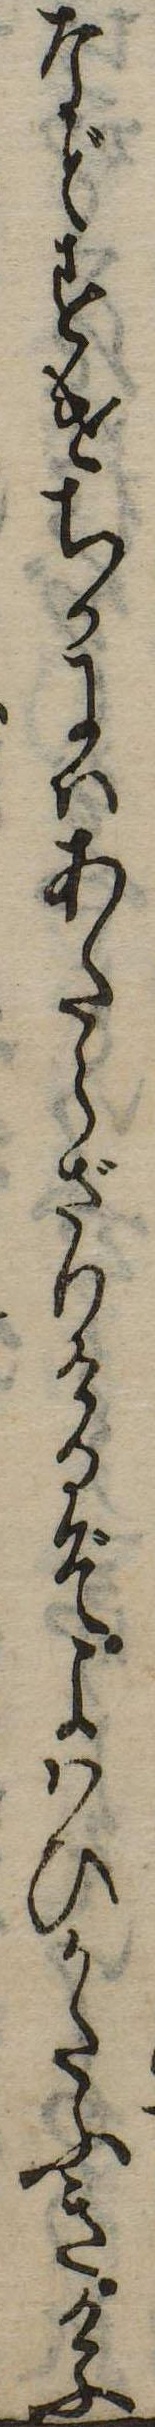
などすけちかにはあたらざりけるぞよはひかたふきけふ